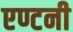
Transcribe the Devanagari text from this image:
एण्टनी